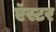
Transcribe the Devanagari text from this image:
ऍस्टर